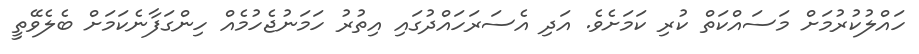
ހައްލުކުރުމަށް މަސައްކަތް ކުރި ކަމަށެވެ. އަދި އެސަރަހައްދުގައި އިތުރު ހަމަނުޖެހުމެއް ހިންގަފާނެކަމަށް ބެލެވޭތީ